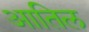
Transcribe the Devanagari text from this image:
आतिल